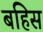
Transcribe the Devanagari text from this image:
बहिस